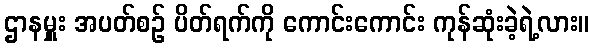
ဌာနမှူး အပတ်စဉ် ပိတ်ရက်ကို ကောင်းကောင်း ကုန်ဆုံးခဲ့ရဲ့လား။